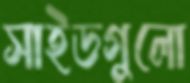
সাইডগুলো